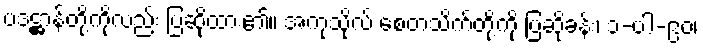
ပဒဋ္ဌာန်တို့ကိုလည်း ပြဆိုထား၏။ အကုသိုလ် စေတသိက်တို့ကို ပြဆိုခန်း၊ ၁-ပါ-၉၀၊